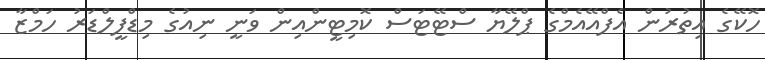
ހޮކޭގެ އިތުރުން އެފްއޭއެމްގެ ޕްލޭޔާ ސްޓޭޓަސް ކޮމިޓީންއިން ވަނީ ނިއުގެ މިޑްފީލްޑަރު ހަމްޒާ